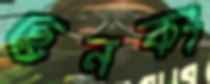
ছেনকং